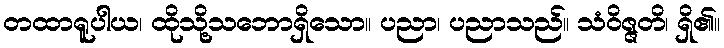
တထာရူပါယ၊ ထိုသို့သဘောရှိသော။ ပညာ၊ ပညာသည်။ သံဝိဇ္ဇတိ၊ ရှိ၏။